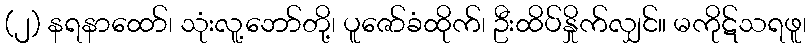
(၂) နရနာထော်၊ သုံးလူ့ဘော်တို့၊ ပူဇော်ခံထိုက်၊ ဦးထိပ်နှိုက်လျှင်။ မကိုဋ်သရဖူ၊